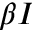
\beta I